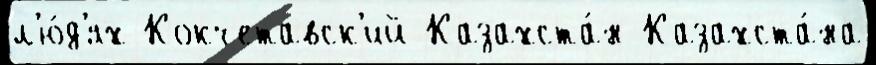
л'ю́д'ях Кокчетавск'ий Казахста́н Казахста́на